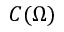
C ( \Omega )